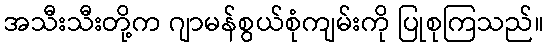
အသီးသီးတို့က ဂျာမန်စွယ်စုံကျမ်းကို ပြုစုကြသည်။